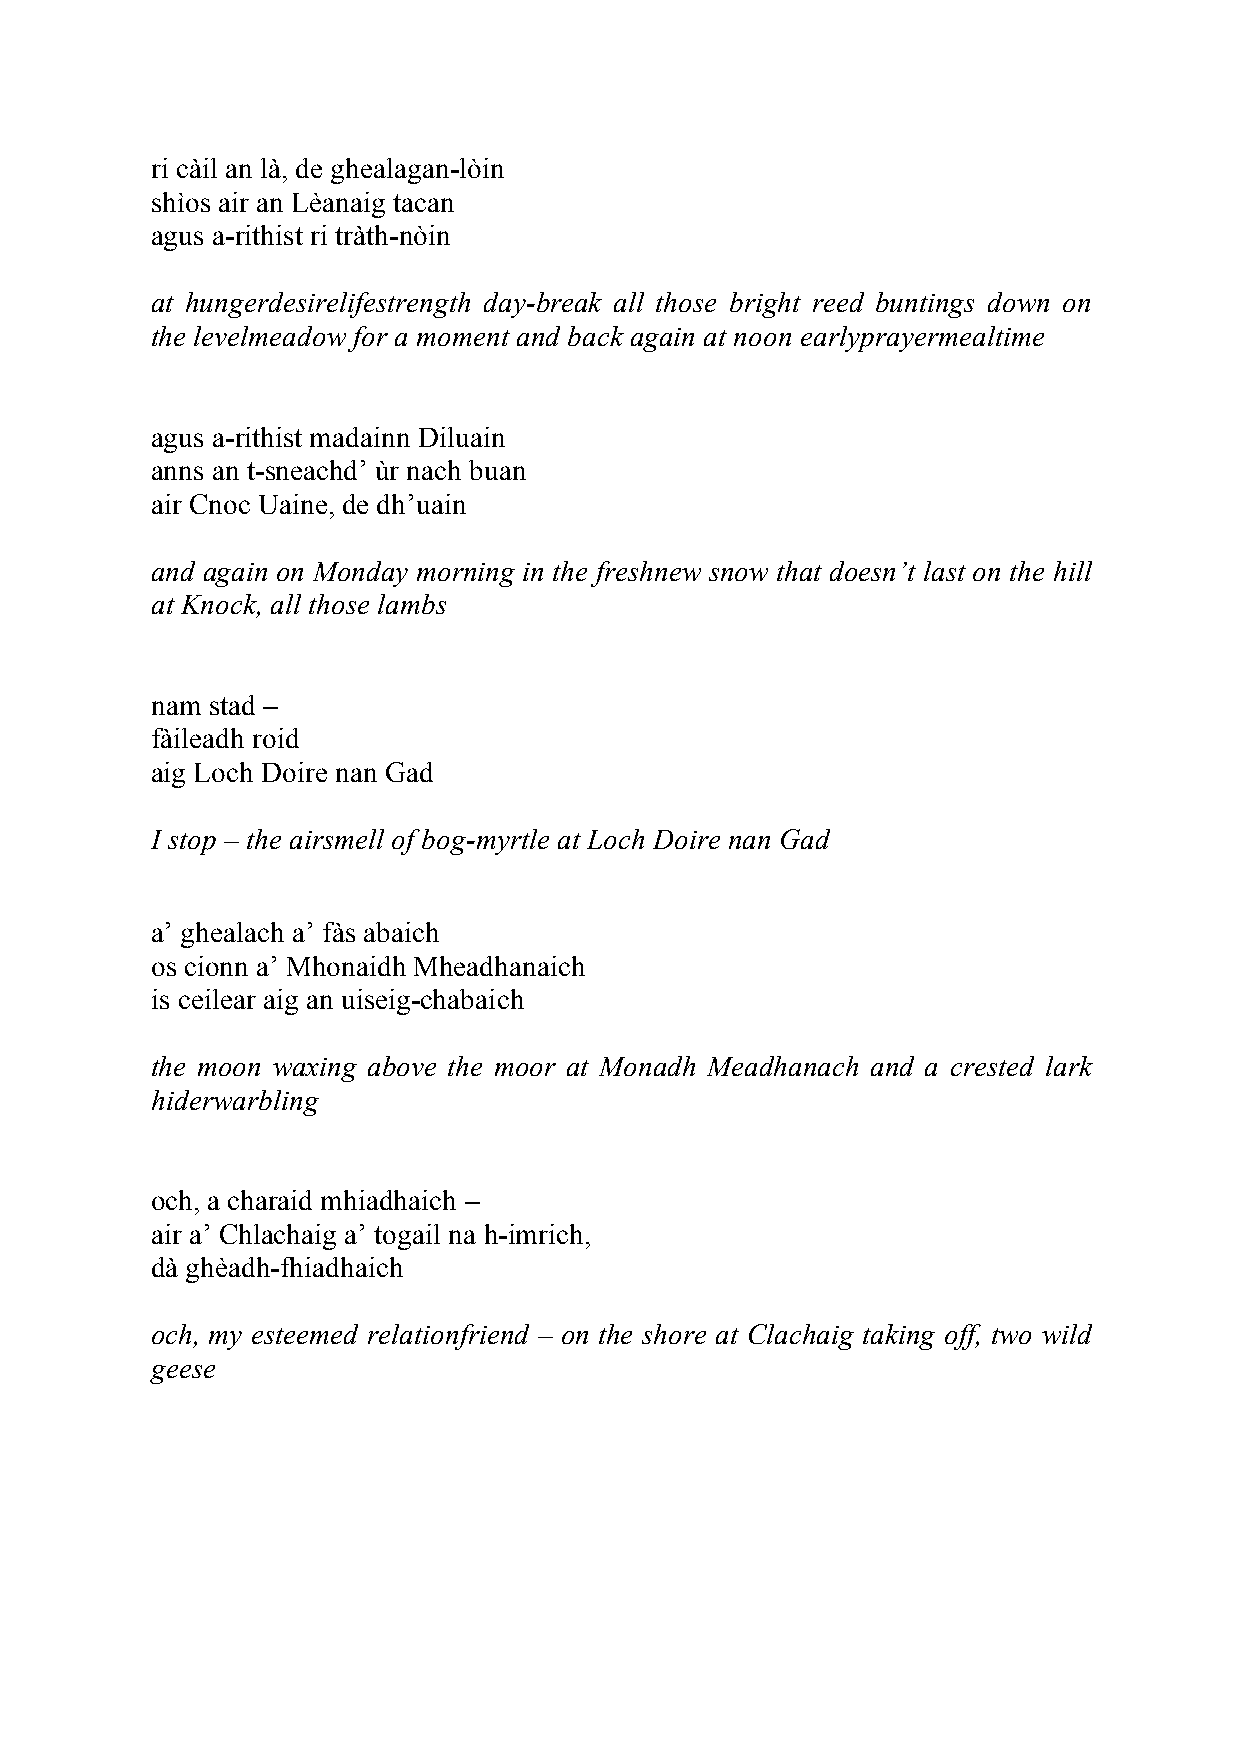
ri càil an là, de ghealagan-lòin
 shìos air an Lèanaig tacan
 agus a-rithist ri tràth-nòin
 at hungerdesirelifestrength day-break all those bright reed buntings down on
 the levelmeadow for a moment and back again at noon earlyprayermealtime
 agus a-rithist madainn Diluain
 anns an t-sneachd’ ùr nach buan
 air Cnoc Uaine, de dh’uain
 and again on Monday morning in the freshnew snow that doesn’t last on the hill
 at Knock, all those lambs
 nam stad –
 fàileadh roid
 aig Loch Doire nan Gad
 I stop – the airsmell of bog-myrtle at Loch Doire nan Gad
 a’ ghealach a’ fàs abaich
 os cionn a’ Mhonaidh Mheadhanaich
 is ceilear aig an uiseig-chabaich
 the moon waxing above the moor at Monadh Meadhanach and a crested lark
 hiderwarbling
 och, a charaid mhiadhaich –
 air a’ Chlachaig a’ togail na h-imrich,
 dà ghèadh-fhiadhaich
 och, my esteemed relationfriend – on the shore at Clachaig taking off, two wild
 geese